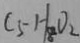
C _ { 5 } H _ { 8 } O _ { 2 }